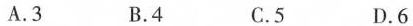
A.3 B.4 C.5 D.6